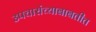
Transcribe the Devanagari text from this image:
उपचारांच्याबाबतीत